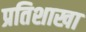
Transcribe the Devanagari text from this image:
प्रतिशाखा